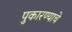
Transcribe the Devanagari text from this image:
पुकारण्याचे